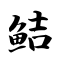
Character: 鲒